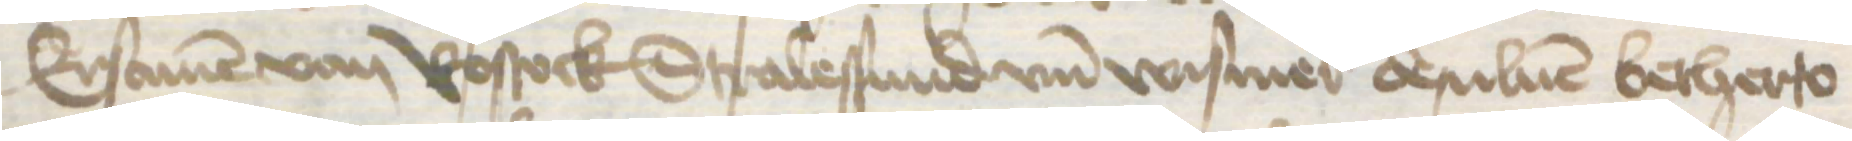
Ersamen von Rostock Stralessund vnd Wismer desuluen betherto